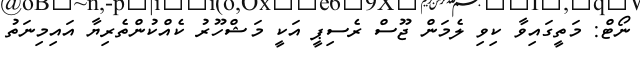
ނޯޓް: މަތީގައިވާ ކިވި ލެމަން ޖޫސް ރެސިޕީ އަކީ މަޝްހޫރު ކެއްކުންތެރިޔާ އައިމިނަތު